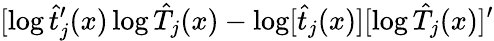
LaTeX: [\log\hat{t}_{j}^{\prime}(x)\log\hat{T}_{j}(x)-\log[\hat{t}_{j}(x)][\log\hat{T}_{j}(x)]^{\prime}